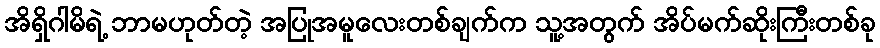
အိရှိဂါမိရဲ့ ဘာမဟုတ်တဲ့ အပြုအမူလေးတစ်ချက်က သူ့အတွက် အိပ်မက်ဆိုးကြီးတစ်ခု